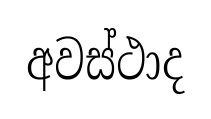
අවස්ථාද